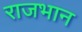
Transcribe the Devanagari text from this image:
राजभान